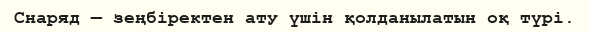
Снаряд — зеңбіректен ату үшін қолданылатын оқ түрі.